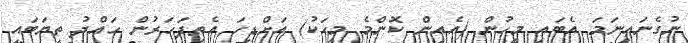
ނުގެނައިނަމަ އެބައި މީހުން (އެއިން ކޮންމެ މީހަކު) އަށްޑިހަ އެތިފަހަރުން ހައްދު ތިޔަބައި